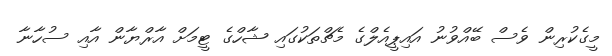
މީގެކުރިން ވެސް ބޭއްވުނު އައިޕީއެލްގެ މެޗްތަކުގައި ޝާހްގެ ޓީމަށް އާރްޔާން އާއި ސުހާނާ